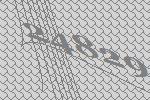
24829